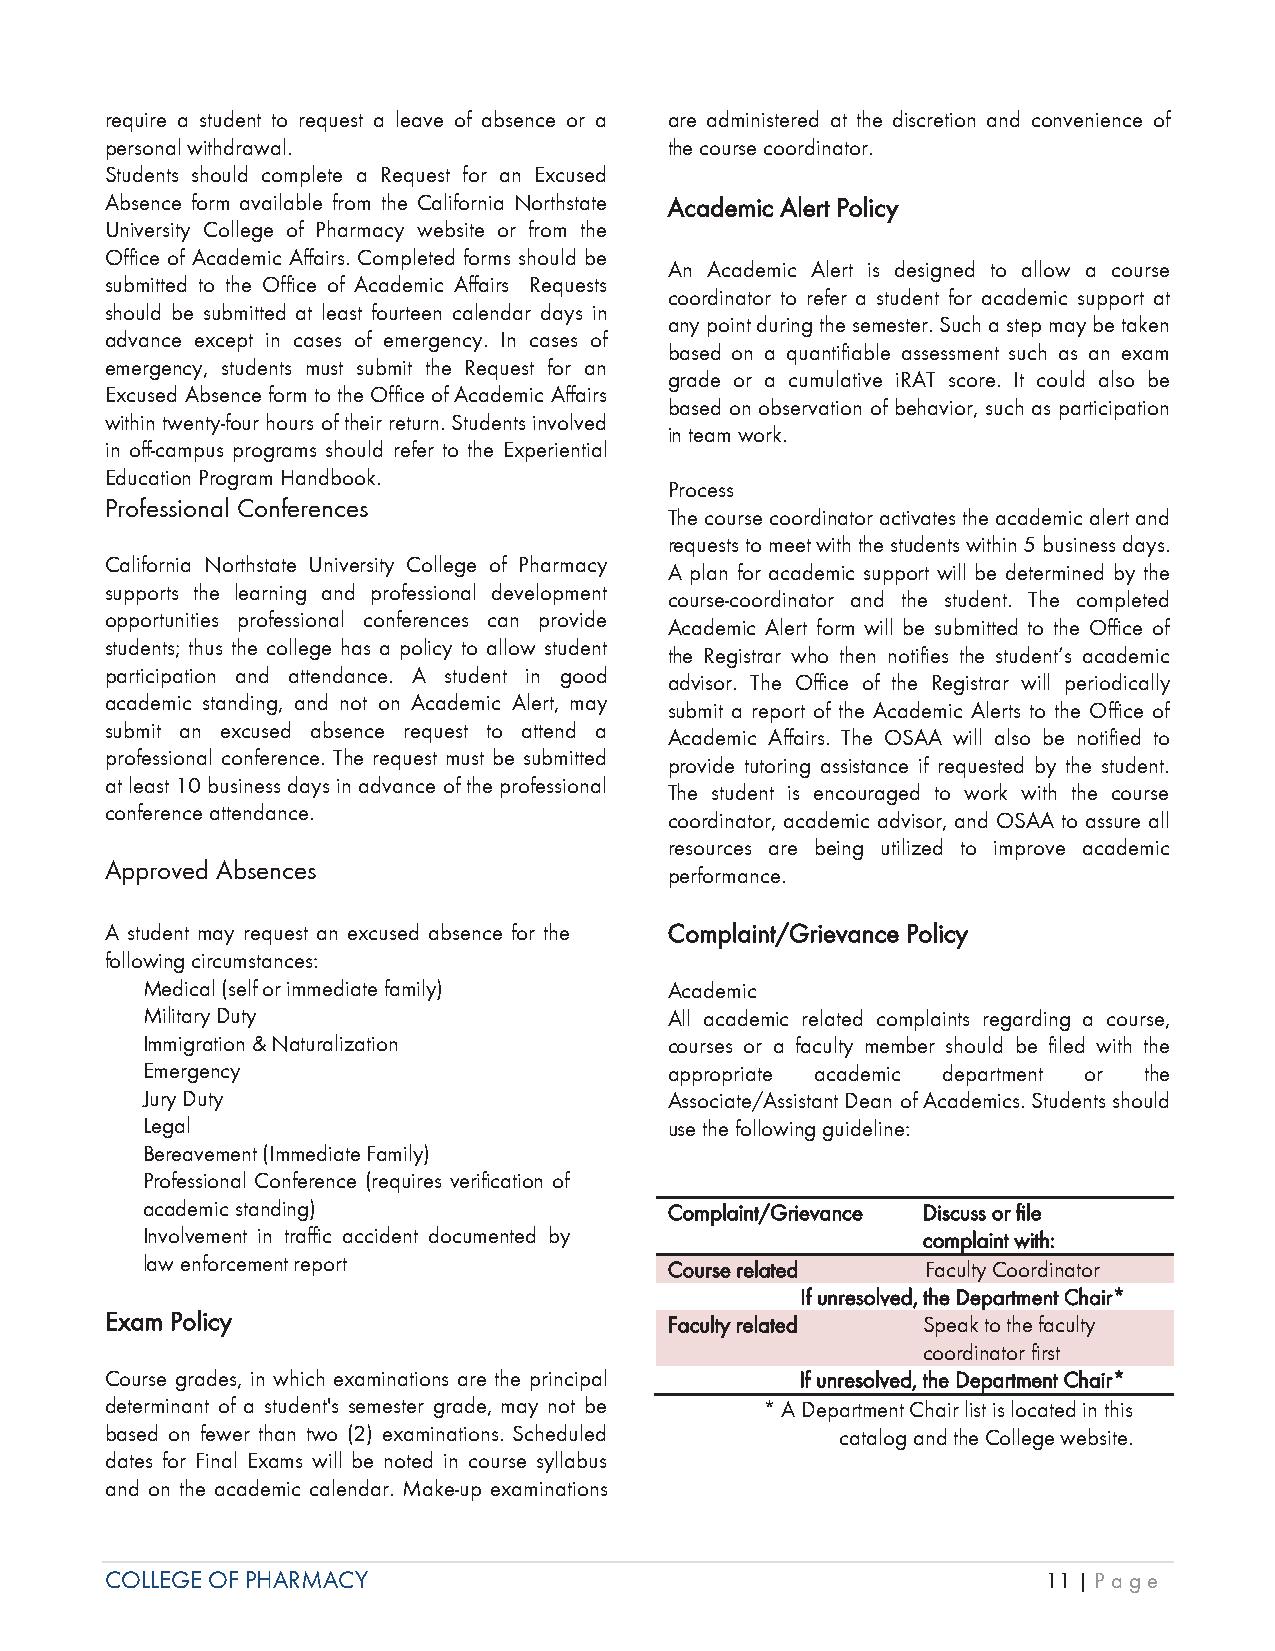
require a student to request a leave of absence or a are administered at the discretion and convenience of
 personal withdrawal.                 the course coordinator.
 Students should complete a Request for an Excused
 Absence form available from the California Northstate Academic Alert Policy
 University College of Pharmacy website or from the
 Office of Academic Affairs. Completed forms should be
 An Academic Alert is designed to allow a course
 submitted to the Office of Academic Affairs Requests
 coordinator to refer a student for academic support at
 should be submitted at least fourteen calendar days in
 any point during the semester. Such a step may be taken
 advance except in cases of emergency. In cases of
 based on a quantifiable assessment such as an exam
 emergency, students must submit the Request for an
 grade or a cumulative iRAT score. It could also be
 Excused Absence form to the Office of Academic Affairs
 based on observation of behavior, such as participation
 within twenty-four hours of their return. Students involved
 in team work.
 in off-campus programs should refer to the Experiential
 Education Program Handbook.
 Process
 Professional Conferences
 The course coordinator activates the academic alert and
 requests to meet with the students within 5 business days.
 California Northstate University College of Pharmacy
 A plan for academic support will be determined by the
 supports the learning and professional development
 course-coordinator and the student. The completed
 opportunities professional conferences can provide
 Academic Alert form will be submitted to the Office of
 students; thus the college has a policy to allow student
 the Registrar who then notifies the student’s academic
 participation and attendance. A student in good
 advisor. The Office of the Registrar will periodically
 academic standing, and not on Academic Alert, may
 submit a report of the Academic Alerts to the Office of
 submit an excused absence request to attend a
 Academic Affairs. The OSAA will also be notified to
 professional conference. The request must be submitted
 provide tutoring assistance if requested by the student.
 at least 10 business days in advance of the professional
 The student is encouraged to work with the course
 conference attendance.
 coordinator, academic advisor, and OSAA to assure all
 resources are being utilized to improve academic
 Approved Absences
 performance.
 A student may request an excused absence for the Complaint/Grievance Policy
 following circumstances:
 Medical (self or immediate family) Academic
 Military Duty                      All academic related complaints regarding a course,
 Immigration & Naturalization       courses or a faculty member should be filed with the
 Emergency                          appropriate academic department or the
 Jury Duty                          Associate/Assistant Dean of Academics. Students should
 Legal                              use the following guideline:
 Bereavement (Immediate Family)
 Professional Conference (requires verification of
 academic standing)                 Coompplainnt/GGriievvance Discuss or file
 Involvement in traffic accident documented by       ccomplaint with:
 law enforcement report
 Courrse reelaateed Faculty Coordinator
 If unresolved, the Department Chair*
 EExam Policy                         Facultty reelated Speak to the faculty
 coordinator first
 Course grades, in which examinations are the principal Iff uunreesollveed, the Deparrtmment Chairr*
 determinant of a student's semester grade, may not be * A Department Chair list is located in this
 based on fewer than two (2) examinations. Scheduled catalog and the College website.
 dates for Final Exams will be noted in course syllabus
 and on the academic calendar. Make-up examinations
 COLLEGE OF PHARMACY                                           11 | Page